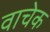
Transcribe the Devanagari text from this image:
वाचेक